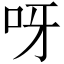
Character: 呀